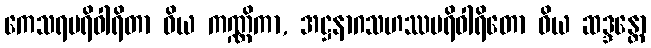
ကေသရပရိဝါရိတာ ဝိယ ကဏ္ဏိကာ, အဋ္ဌနာဂသဟဿပရိဝါရိတော ဝိယ ဆဒ္ဒန္တော